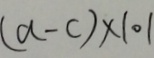
( a - c ) \times 1 0 1